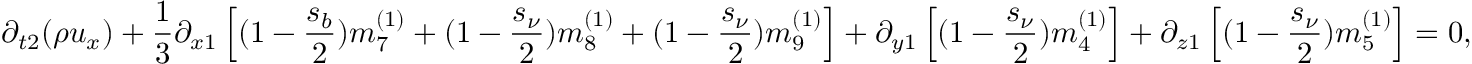
{ \partial _ { t 2 } } ( \rho { u _ { x } } ) + \frac { 1 } { 3 } { \partial _ { x 1 } } \left[ { ( 1 - \frac { { { s _ { b } } } } { 2 } ) m _ { 7 } ^ { ( 1 ) } + ( 1 - \frac { { { s _ { \nu } } } } { 2 } ) m _ { 8 } ^ { ( 1 ) } + ( 1 - \frac { { { s _ { \nu } } } } { 2 } ) m _ { 9 } ^ { ( 1 ) } } \right] + { \partial _ { y 1 } } \left[ { ( 1 - \frac { { { s _ { \nu } } } } { 2 } ) m _ { 4 } ^ { ( 1 ) } } \right] + { \partial _ { z 1 } } \left[ { ( 1 - \frac { { { s _ { \nu } } } } { 2 } ) m _ { 5 } ^ { ( 1 ) } } \right] = 0 ,